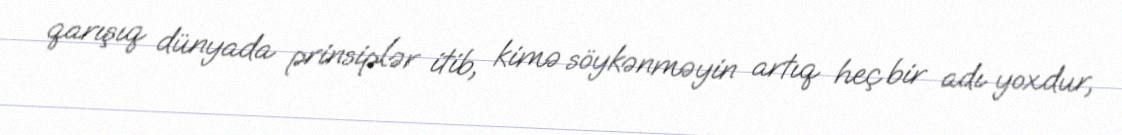
qarışıq dünyada prinsiplər itib, kimə söykənməyin artıq heç bir adı yoxdur,